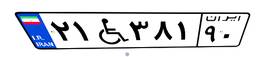
۲۱W۳۸۱۹۰